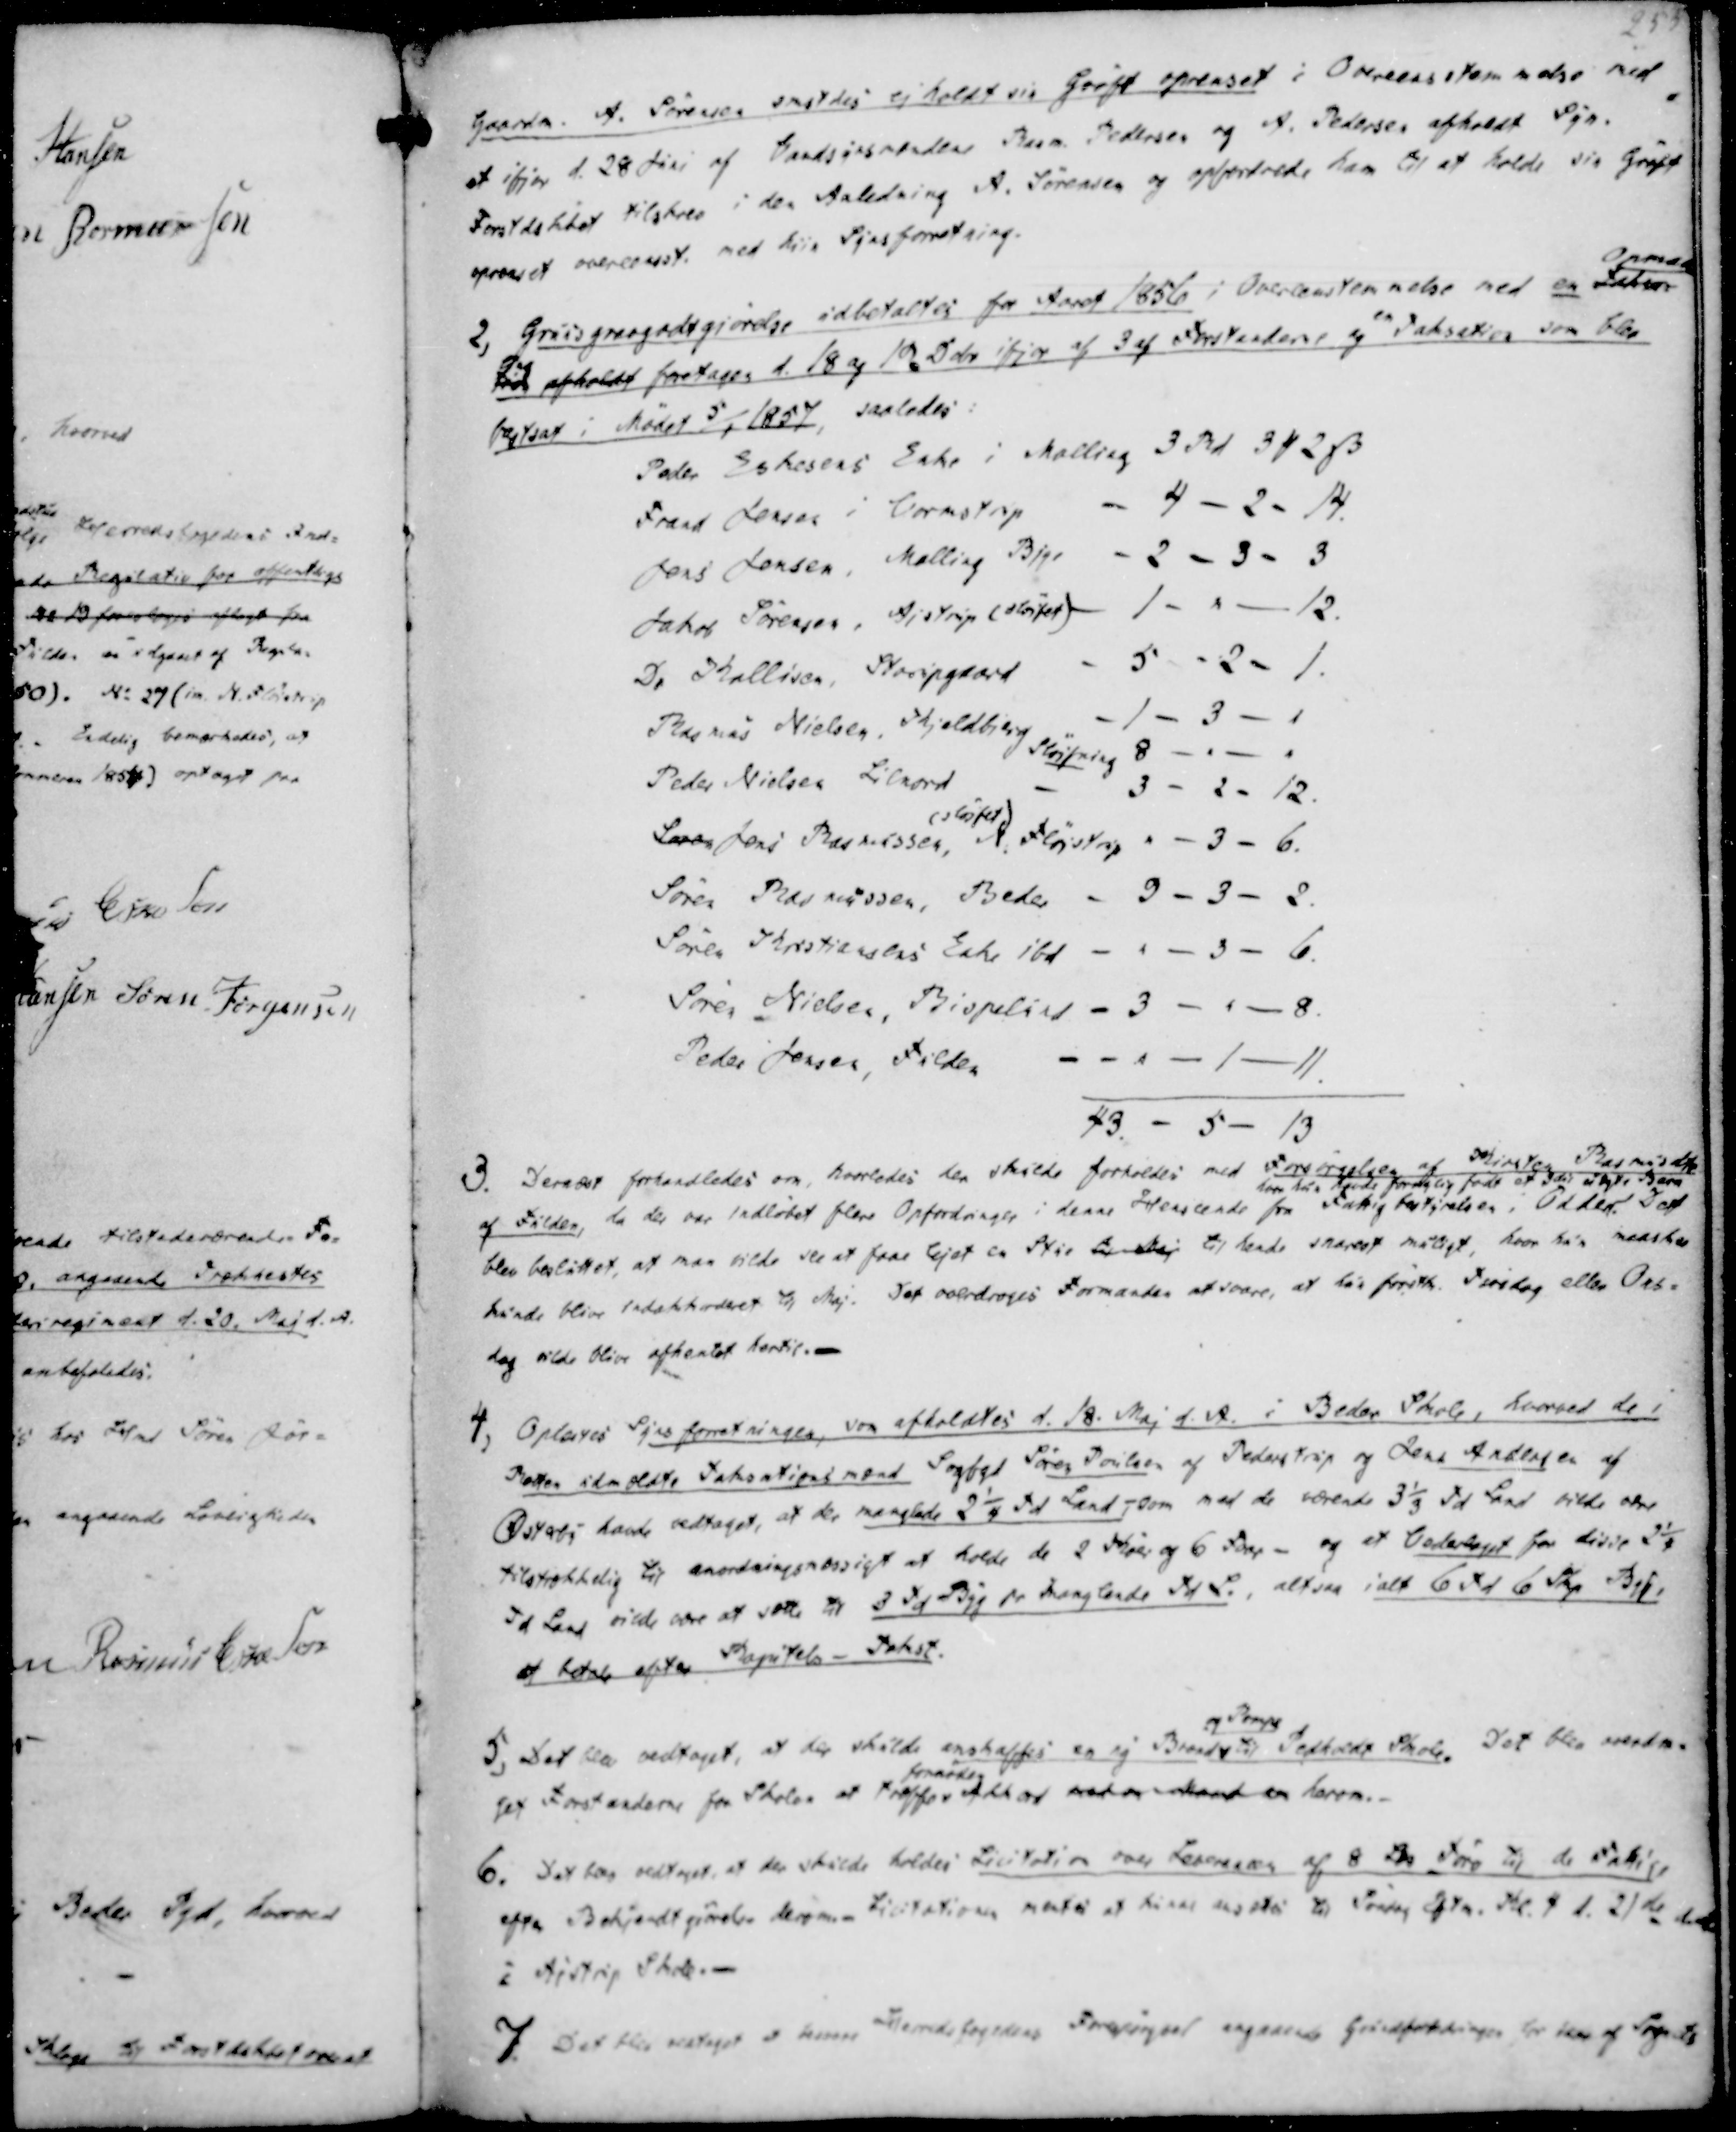
Transskription:
Gaardm. A. Sørensen smstdes ej holdt sin Grøft oprenset i Overeensstemmelse med
et ifjor d. 28 Juni af Vandsynsmændene Rasm. Pedersen og A. Pedersen afholdt Syn.
Forstdskbet tilskrev i den Anledning A. Sørensen og opfordrede ham til at holde sin Grøft
oprenset overeenst. med hiin Synsforretning.

2, Gruusgravgodtsgjørelse udbetaltes for Aaret 1856 i Overenstemmelse med en Taksa-
Opmaa
ling
tion afholdt foretages d. 18 og 19 Dcbr ifjor af 3 af Forstanderne, og en Taksation som blev
fastsat i Mødet 5/1 1857, saaledes:
Peder Eskesens Enke i Malling 3 Rd 3 ₻ 2 ẞ
Frans Jensen i Vormstrup
4 - 2 - 14.
Jens Jensen, Malling Bye
2 - 3 - 3
Jakob Sørensen, Ajstrup (sløjfet)
1 - " - 12.
Do Kallesen, Starupgaard
5 - 2 - 1.
Rasmus Nielsen, Kjeldbjerg
-1- 3 - 1
Sløjfning 8
Peder Nielsen Lilnord
3 - 2 - 12.
Søren Jens Rasmussen, N. Fløjstrup
(sløjfet)
" - 3 - 6.
Søren Rasmussen, Beder
9 - 3 - 2.
Søren Kristiansens Enke ibd
" - 3 - 6.
Søren Nielsen, Bispelund
3 - " - 8.
Peder Jensen, Fulden
"-1-11
43 - 5 - 13

3. Dernæst forhandledes om, hvorledes der skulde forholdes med Forspørgelsen af Kirsten Rasmusdtr
af Fulden, da der var indløbet flere Opfordringer i denne Henseende fra Fattigbestyrelsen i Odder
hvor hun havde fornylig født et Ider uægte Barn
Det
blev besluttet, at man vilde see at faae lejet en Stue til Maj til hende snarest muligt, hvor hun maaske
kunde blive indakkorderet til Maj. Det overdroges Formanden at svare, at hun førstk. Tirsdag eller Ons-
dag vilde blive afhentet hertil.-
7. Oplæstes Synsforretningen, som afholdtes d. 18. Maj d.A. i Beder Skole, hvorved de i
Retten udmældte Taksationsmænd Sogfgd Søren Poulsen af Pederstrup og Jens Andersen af
Østerby havde vedtaget, at der manglede 2¼ Td Land,- som med de værende 3⅓ Td Land vilde være
tilstrækkelig til anordningsmæssigt at holde de 2 Køer og 6 Faar - og at Vederlaget for disse 2¼
Td Land vilde være at sætte til 3 Td Byg pr Manglende Td L. altsaa ialt 6 Td 6 Skp Byg,
at betale efter Kapitels - Takst.

5, Det blev vedtaget, at der skulde anskaffes en ny Brønd
og Pumpe
til Pedholdt Skole. Det blev overdra-
get Forstanderne for Skolen at træffe
fornøden
Akkord ved om Mand en herom.-
6. Det blev vedtaget, at der skulde holdes Licitation over Leverancen af 8 Td Tørv til de Fattige
efter Bekjendtgjørelse derom. Licitationen ventes at finde ansetes til Søndag Eftm. Kl. 4 d. 21de d.M.
i Ajstrup Skole. -
7. Det blev vedtaget at levere Herredsfogedens Forespørgsel angaaende Grundforbedringen for den af Sognets